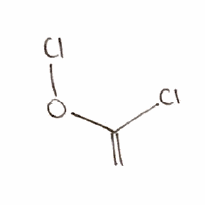
Simplified molecular-input line-entry system (SMILES) notation of the given molecule:
C=C(OCl)Cl